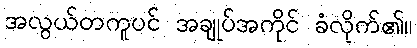
အလွယ်တကူပင် အချုပ်အကိုင် ခံလိုက်၏။